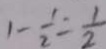
1 - \frac { 1 } { 2 } = \frac { 1 } { 2 }